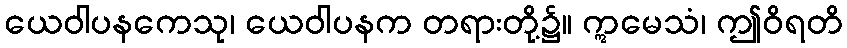
ယေဝါပနကေသု၊ ယေဝါပနက တရားတို့၌။ ဣမေသံ၊ ဤဝိရတိ